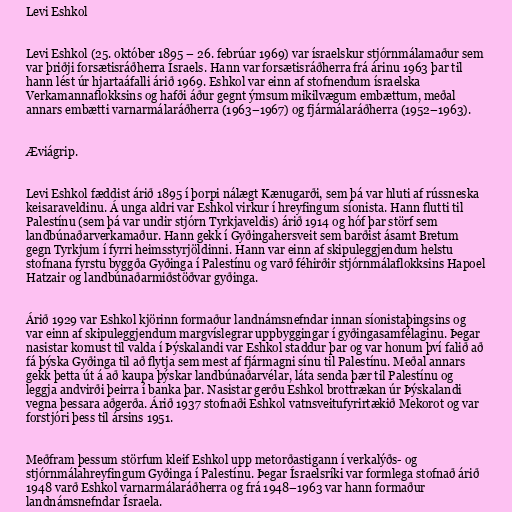
Levi Eshkol

Levi Eshkol (25. október 1895 – 26. febrúar 1969) var ísraelskur stjórnmálamaður sem
var þriðji forsætisráðherra Ísraels. Hann var forsætisráðherra frá árinu 1963 þar til
hann lést úr hjartaáfalli árið 1969. Eshkol var einn af stofnendum ísraelska
Verkamannaflokksins og hafði áður gegnt ýmsum mikilvægum embættum, meðal
annars embætti varnarmálaráðherra (1963–1967) og fjármálaráðherra (1952–1963).

Æviágrip.

Levi Eshkol fæddist árið 1895 í þorpi nálægt Kænugarði, sem þá var hluti af rússneska
keisaraveldinu. Á unga aldri var Eshkol virkur í hreyfingum síonista. Hann flutti til
Palestínu (sem þá var undir stjórn Tyrkjaveldis) árið 1914 og hóf þar störf sem
landbúnaðarverkamaður. Hann gekk í Gyðingahersveit sem barðist ásamt Bretum
gegn Tyrkjum í fyrri heimsstyrjöldinni. Hann var einn af skipuleggjendum helstu
stofnana fyrstu byggða Gyðinga í Palestínu og varð féhirðir stjórnmálaflokksins Hapoel
Hatzair og landbúnaðarmiðstöðvar gyðinga.

Árið 1929 var Eshkol kjörinn formaður landnámsnefndar innan síonistaþingsins og
var einn af skipuleggjendum margvíslegrar uppbyggingar í gyðingasamfélaginu. Þegar
nasistar komust til valda í Þýskalandi var Eshkol staddur þar og var honum því falið að
fá þýska Gyðinga til að flytja sem mest af fjármagni sínu til Palestínu. Meðal annars
gekk þetta út á að kaupa þýskar landbúnaðarvélar, láta senda þær til Palestínu og
leggja andvirði þeirra í banka þar. Nasistar gerðu Eshkol brottrækan úr Þýskalandi
vegna þessara aðgerða. Árið 1937 stofnaði Eshkol vatnsveitufyrirtækið Mekorot og var
forstjóri þess til ársins 1951.

Meðfram þessum störfum kleif Eshkol upp metorðastigann í verkalýðs- og
stjórnmálahreyfingum Gyðinga í Palestínu. Þegar Ísraelsríki var formlega stofnað árið
1948 varð Eshkol varnarmálaráðherra og frá 1948–1963 var hann formaður
landnámsnefndar Ísraela.